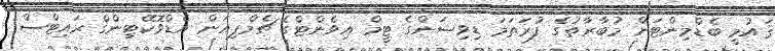
ޤައުމީ ބެޑްމިންޓަން މުބާރާތުގެ ފުރަތަމަ ޑިވިޝަންގެ ޓީމް އިވެންޓްގެ ޗެމްޕިއަން އެޑްވޮކޭޓިންގް ރައިޓްސް